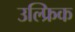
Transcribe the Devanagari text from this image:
उल्फ्रिक